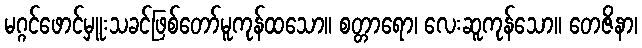
မဂ္ဂင်ဖောင်မှူးသခင်ဖြစ်တော်မူကုန်ထသော။ စတ္တာရော၊ လေးဆူကုန်သော။ တေဇိနာ၊